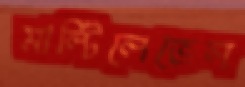
মাল্টিলেভেল